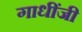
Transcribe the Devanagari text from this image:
गाधींजी